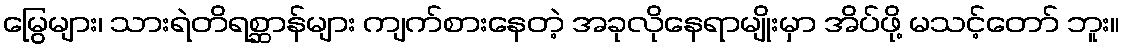
မြွေများ၊ သားရဲတိရစ္ဆာန်များ ကျက်စားနေတဲ့ အခုလိုနေရာမျိုးမှာ အိပ်ဖို့ မသင့်တော် ဘူး။